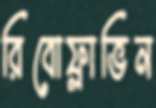
রিবোফ্লাভিন